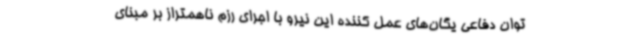
توان دفاعی یگان‌های عمل کننده این نیرو با اجرای رزم ناهمتراز بر مبنای